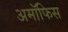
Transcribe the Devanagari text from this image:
अमॉफिस